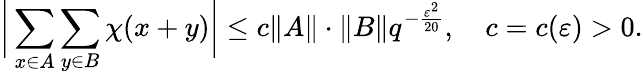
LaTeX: {\biggl|}\sum_{x\in A}\sum_{y\in B}\chi(x+y){\biggr|}\leq c\| A\| \cdot\| B\| q^{-{\frac{\varepsilon^{2}}{20}}},\quad c=c(\varepsilon)>0.